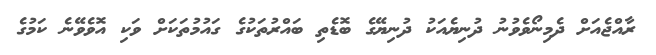
ރާއްޖެއަށް ދެމިނޯވެވުނު ދުނިޔެއަކު ދުނިޔޭގެ ބޮޑެތި ބައްރުތަކުގެ ގައުމުތަކަށް ވަކި އޮވެވޭނެ ކަމުގެ